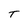
Character: T